Lunatic asylums Central Provinces reports 1886-1894 - 1886-1894
Year: 1886
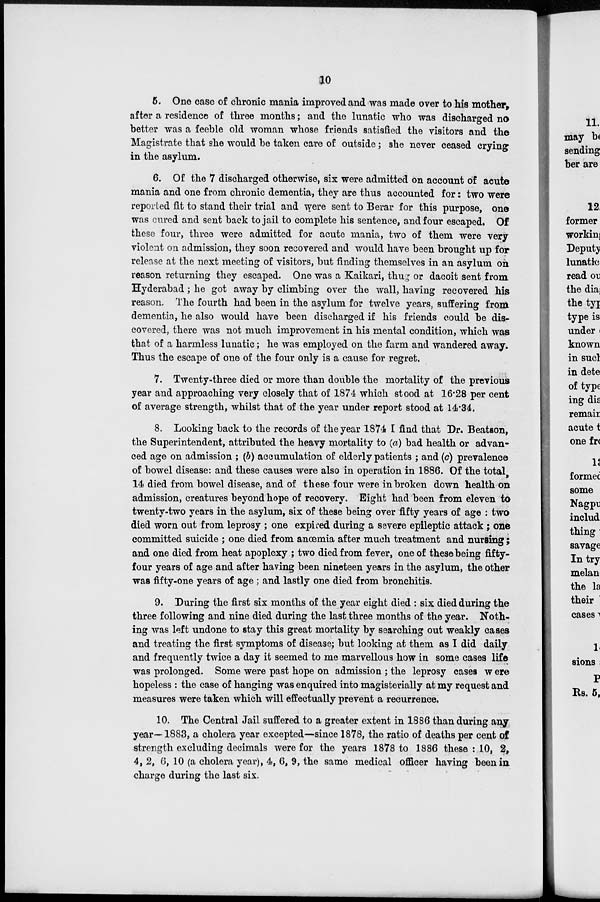
10
5. One case of chronic mania improved and was made over to his mother,
after a residence of three months; and the lunatic who was discharged no
better was a feeble old woman whose friends satisfied the visitors and the
Magistrate that she would he taken care of outside; she never ceased crying
in the asylum.
6. Of the 7 discharged otherwise, six were admitted on account of acute
mania and one from chronic dementia, they are thus accounted for: two were
reported fit to stand their trial and were sent to Berar for this purpose, one
was cured and sent back to jail to complete his sentence, and four escaped. Of
these four, three were admitted for acute mania, two of them were very
violent on admission, they soon recovered and would have been brought up for
release at the next meeting of visitors, but finding themselves in an asylum on
reason returning they escaped. One was a Kaikari, thug or dacoit sent from
Hyderabad; he got away by climbing over the wall, having recovered his
reason. The fourth had been in the asylum for twelve years, suffering from
dementia, he also would have been discharged if his friends could be dis-
covered, there was not much improvement in his mental condition, which was
that of a harmless lunatic; he was employed on the farm and wandered away.
Thus the escape of one of the four only is a cause for regret.
7. Twenty-three died or more than double the mortality of the previous
year and approaching very closely that of 1874 which stood at 16.28 per cent
of average strength, whilst that of the year under report stood at 14.34.
8. Looking back to the records of the year 1874 I find that Dr. Beatson,
the Superintendent, attributed the heavy mortality to (a) bad health or advan-
ced age on admission ; (b) accumulation of elderly patients ; and (c) prevalence
of bowel disease: and these causes were also in operation in 1886. Of the total,
14 died from bowel disease, and of these four were in broken down health on
admission, creatures beyond hope of recovery. Eight had been from eleven to
twenty-two years in the asylum, six of these being over fifty years of age : two
died worn out from leprosy ; one expired during a severe epileptic attack ; one
committed suicide ; one died from anœmia after much treatment and nursing;
and one died from heat apoplexy ; two died from fever, one of these being fifty-
four years of age and after having been nineteen years in the asylum, the other
was fifty-one years of age ; and lastly one died from bronchitis.
9. During the first six months of the year eight died : six died during the
three following and nine died during the last three months of the year. Noth-
ing was left undone to stay this great mortality by searching out weakly cases
and treating the first symptoms of disease; but looking at them as I did daily
and frequently twice a day it seemed to me marvellous how in some cases life
was prolonged. Some were past hope on admission ; the leprosy cases were
hopeless : the case of hanging was enquired into magisterially at my request and
measures were taken which will effectually prevent a recurrence.
10. The Central Jail suffered to a greater extent in 1886 than during any
year—1883, a cholera year excepted—since 1878, the ratio of deaths per cent of
strength excluding decimals were for the years 1878 to 1886 these : 10, 2,
4, 2, 6, 10 (a cholera year), 4, 6, 9, the same medical officer having been in
charge during the last six.